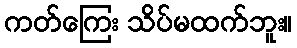
ကတ်ကြေး သိပ်မထက်ဘူး။